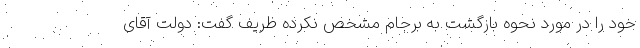
خود را در مورد نحوه بازگشت به برجام مشخص نکرده ظریف گفت: دولت آقای